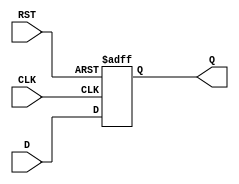
module synchronous_register (
    input wire [N-1:0] D,    // Data input
    input wire CLK,           // Clock input
    input wire RST,           // Reset input
    output reg [N-1:0] Q      // Data output
);
    parameter N = 8;          // Width of the register (default is 8 bits)

    // Always block for synchronous operation
    always @(posedge CLK or posedge RST) begin
        if (RST) begin
            Q <= {N{1'b0}};    // Asynchronous reset: set Q to 0
        end else begin
            Q <= D;            // Capture data on rising edge of CLK
        end
    end
endmodule